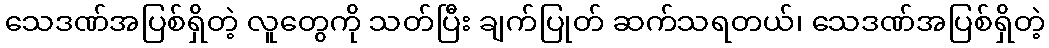
သေဒဏ်အပြစ်ရှိတဲ့ လူတွေကို သတ်ပြီး ချက်ပြုတ် ဆက်သရတယ်၊ သေဒဏ်အပြစ်ရှိတဲ့